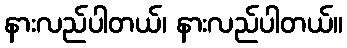
နားလည်ပါတယ်၊ နားလည်ပါတယ်။